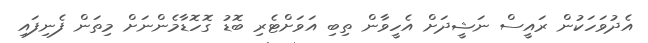
އެދުވަހަކުން ރައީސް ނަޝީދަށް އެހީވާން ތިބި އަވަށްޓެރި ބޮޑު ގޮހޮޑާމެންނަށް މިތަން ފެނިފައި